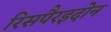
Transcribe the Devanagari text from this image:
रिसपैरइदोन